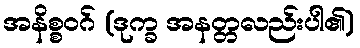
အနိစ္စဝဂ် (ဒုက္ခ အနတ္တလည်းပါ၏)